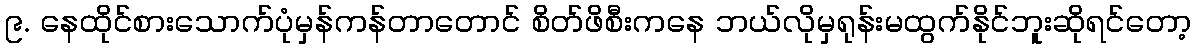
၉. နေထိုင်စားသောက်ပုံမှန်ကန်တာတောင် စိတ်ဖိစီးကနေ ဘယ်လိုမှရုန်းမထွက်နိုင်ဘူးဆိုရင်တော့